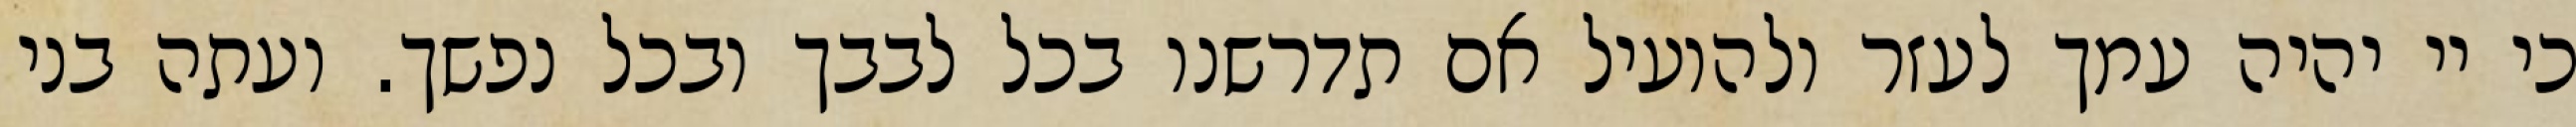
כי יי יהיה עמך לעזר ולהועיל אם תדרשנו בכל לבבך ובכל נפשך. ועתה בני